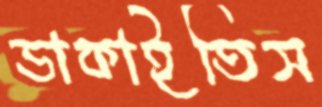
ডাকাইতিস